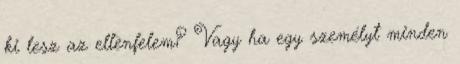
ki lesz az ellenfelem? Vagy ha egy személyt minden